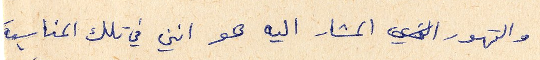
والتهور المشار اليه هو انني في تلك المناسبة